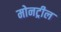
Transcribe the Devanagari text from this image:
मोनट्रील